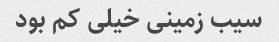
سیب زمینی خیلی کم بود